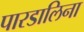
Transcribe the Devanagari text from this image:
पारडालिना